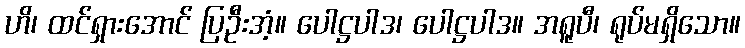
ဟိ၊ ထင်ရှားအောင် ပြဦးအံ့။ ပေါဋ္ဌပါဒ၊ ပေါဋ္ဌပါဒ။ အရူပီ၊ ရုပ်မရှိသော။